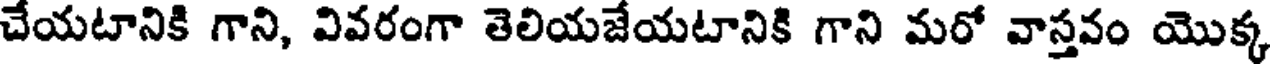
చేయటానికి గాని, వివరంగా తెలియజేయటానికి గాని మరో వాస్తవం యొక్క